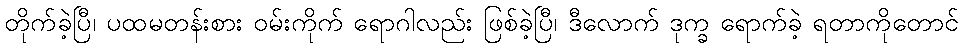
တိုက်ခဲ့ပြီ၊ ပထမတန်းစား ဝမ်းကိုက် ရောဂါလည်း ဖြစ်ခဲ့ပြီ၊ ဒီလောက် ဒုက္ခ ရောက်ခဲ့ ရတာကိုတောင်